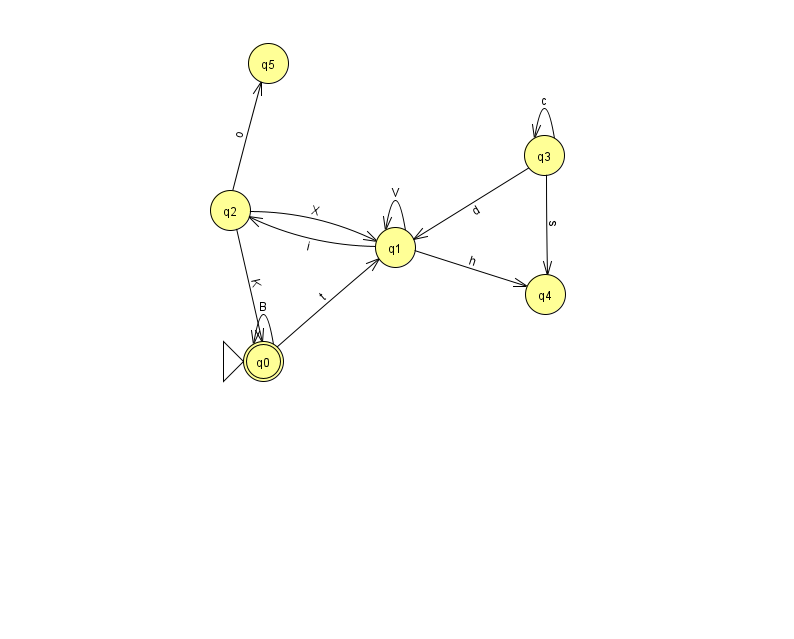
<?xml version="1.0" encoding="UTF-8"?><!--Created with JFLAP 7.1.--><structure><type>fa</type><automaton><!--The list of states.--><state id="0" name="q0"><x>263.0</x><y>348.0</y><initial/><final/></state><state id="1" name="q1"><x>395.0</x><y>234.0</y></state><state id="2" name="q2"><x>230.0</x><y>197.0</y></state><state id="3" name="q3"><x>544.0</x><y>142.0</y></state><state id="4" name="q4"><x>545.0</x><y>281.0</y></state><state id="5" name="q5"><x>268.0</x><y>50.0</y></state><!--The list of transitions.--><transition><from>0</from><to>0</to><read>B</read></transition><transition><from>3</from><to>4</to><read>s</read></transition><transition><from>3</from><to>3</to><read>c</read></transition><transition><from>1</from><to>4</to><read>h</read></transition><transition><from>2</from><to>0</to><read>K</read></transition><transition><from>1</from><to>1</to><read>V</read></transition><transition><from>2</from><to>5</to><read>o</read></transition><transition><from>2</from><to>1</to><read>X</read></transition><transition><from>1</from><to>2</to><read>i</read></transition><transition><from>3</from><to>1</to><read>d</read></transition><transition><from>0</from><to>1</to><read>t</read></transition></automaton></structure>